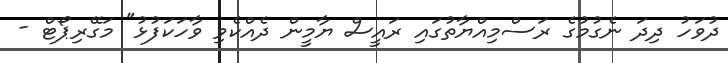
ދުވަހު ދިދަ ނެގުމުގެ ރަސްމިއްޔާތުގައި ރައީސް ޔާމީން ދެއްކެވި ވާހަކަފުޅު" މަގޭރިޕޯޓް -